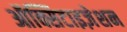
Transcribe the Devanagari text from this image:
ऑक्सिटाइज़ेशन